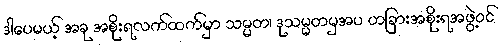
ဒါပေမယ့် အခု အစိုးရလက်ထက်မှာ သမ္မတ၊ ဒုသမ္မတမှအပ တခြားအစိုးရအဖွဲ့ဝင်